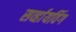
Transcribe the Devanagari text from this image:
सर्व्हायविंग